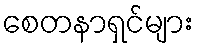
စေတနာရှင်များ